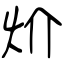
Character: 炌